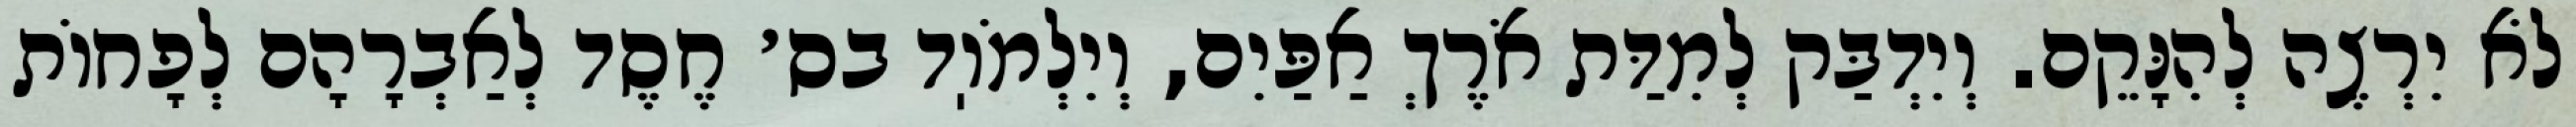
לֹא יִרְצֶה לְהִנָּקֵם. וְיִדְבַּק לְמִדַּת אֹרֶךְ אַפַּיִם, וְיִלְמֹוֽד בס׳ חֶסֶד לְאַבְרָהָם לְפָחוֹת